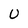
Character: U